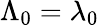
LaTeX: \Lambda_{0}=\lambda_{0}